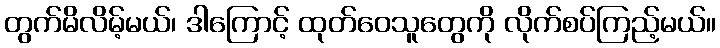
တွက်မိလိမ့်မယ်၊ ဒါကြောင့် ထုတ်ဝေသူတွေကို လိုက်စပ်ကြည့်မယ်။